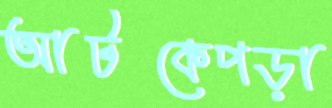
আটকেপড়া